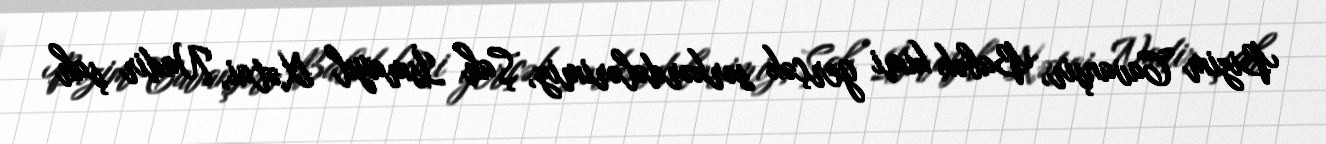
Bizim Cavanşir, Babək kimi gerçək sərkərdələrimiz, Şah İsmayıl Xətai, Nadir şah